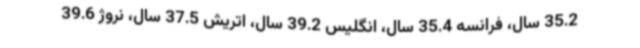
35.2 سال، فرانسه 35.4 سال، انگلیس 39.2 سال، اتریش 37.5 سال، نروژ 39.6